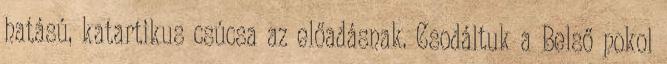
hatású, katartikus csúcsa az előadásnak. Csodáltuk a Belső pokol